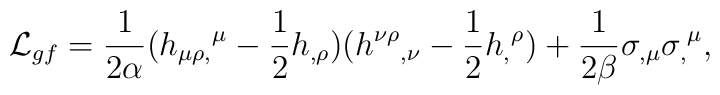
{\cal L}_{gf} = {1\over 2\alpha} (h_{\mu\rho,}{}^\mu - {1\over 2}h_{,\rho})    (h^{\nu\rho}{}_{,\nu}-{1\over 2} h_,{}^\rho)     + {1\over 2\beta} \sigma_{,\mu}\sigma_,{}^\mu,